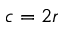
c = 2 r